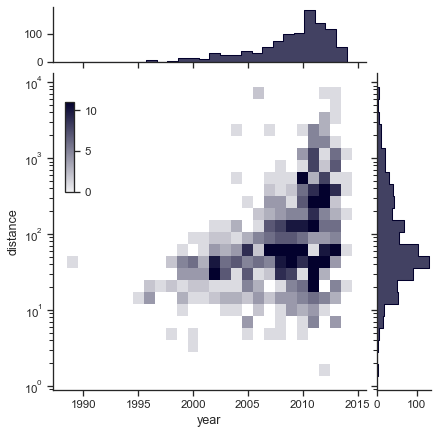
python, seaborn, JointGrid